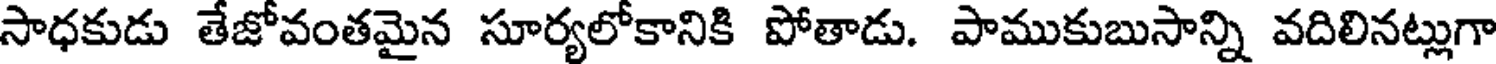
సాధకుడు తేజోవంతమైన సూర్యలోకానికి పోతాడు. పాముకుబుసాన్ని వదిలినట్లుగా